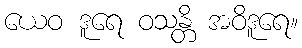
ယေဝ ဒူရေ ဝသန္တိ အဝိဒူရေ။